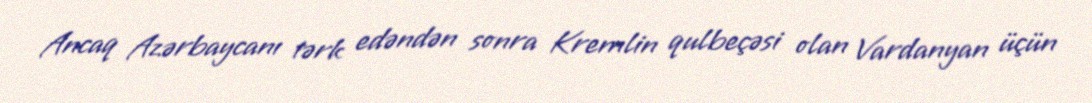
Ancaq Azərbaycanı tərk edəndən sonra Kremlin qulbeçəsi olan Vardanyan üçün